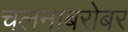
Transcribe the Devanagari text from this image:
चलनाबरोबर